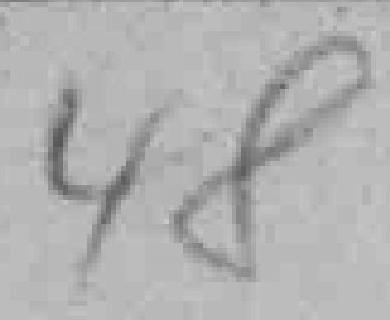
48